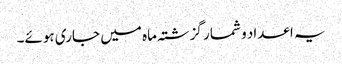
یہ اعداد و شمار گزشتہ ماہ میں جاری ہوئے۔